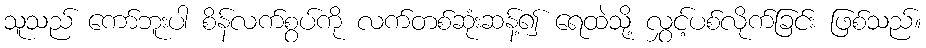
သူသည် ကော်ဘူးပါ စိန်လက်စွပ်ကို လက်တစ်ဆုံးဆန့်၍ ရေထဲသို့ လွှင့်ပစ်လိုက်ခြင်း ဖြစ်သည်။